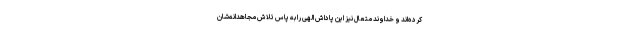
کرده‌اند و خداوند متعال نیز این پاداش الهی را به پاس تلاش مجاهدانه‌شان